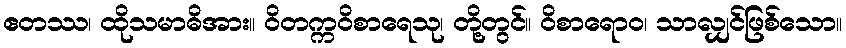
ဧတဿ၊ ထိုသမာဓိအား။ ဝိတက္ကဝိစာရေသု၊ တို့တွင်။ ဝိစာရောဝ၊ သာလျှင်ဖြစ်သော။